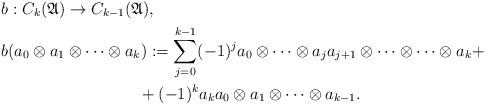
LaTeX: \begin{align*}b&:C_k(\mathfrak{A})\to C_{k-1}(\mathfrak{A}),\\b&(a_0\otimes a_1\otimes \cdots\otimes a_k):=\sum_{j=0}^{k-1}(-1)^{j}a_0\otimes \cdots\otimes a_ja_{j+1}\otimes\cdots \otimes \cdots \otimes a_k+\\&\qquad\qquad\qquad\qquad+(-1)^k a_ka_0\otimes a_1\otimes \cdots\otimes a_{k-1}.\end{align*}